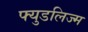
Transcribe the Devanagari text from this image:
फ्युडलिज्म